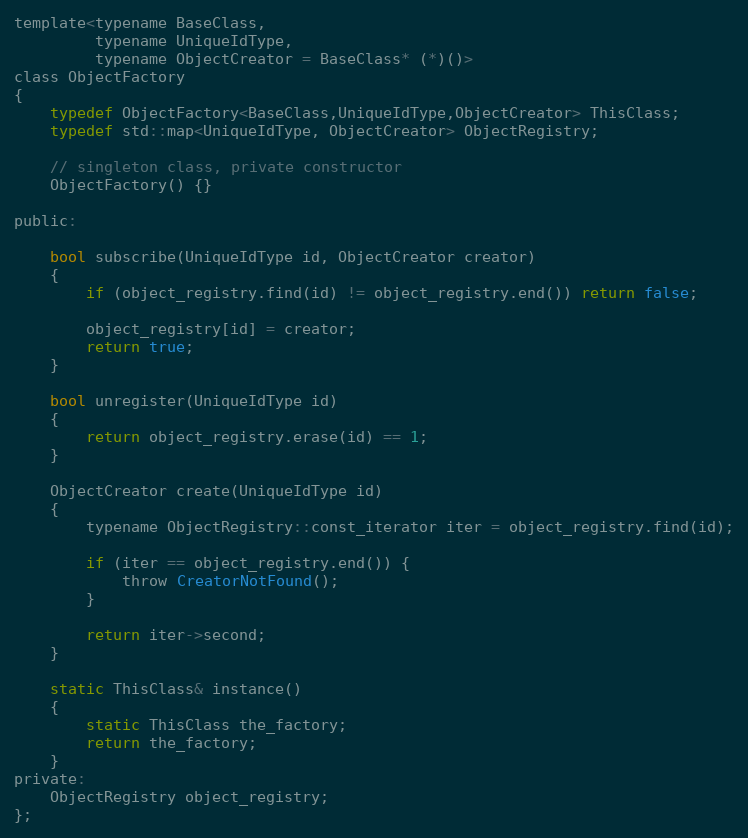
Language: C
template<typename BaseClass,
         typename UniqueIdType,
         typename ObjectCreator = BaseClass* (*)()>
class ObjectFactory
{
    typedef ObjectFactory<BaseClass,UniqueIdType,ObjectCreator> ThisClass;
    typedef std::map<UniqueIdType, ObjectCreator> ObjectRegistry;

    // singleton class, private constructor
    ObjectFactory() {}

public:

    bool subscribe(UniqueIdType id, ObjectCreator creator)
    {
        if (object_registry.find(id) != object_registry.end()) return false;

        object_registry[id] = creator;
        return true;
    }

    bool unregister(UniqueIdType id)
    {
        return object_registry.erase(id) == 1;
    }

    ObjectCreator create(UniqueIdType id)
    {
        typename ObjectRegistry::const_iterator iter = object_registry.find(id);

        if (iter == object_registry.end()) {
            throw CreatorNotFound();
        }

        return iter->second;
    }

    static ThisClass& instance()
    {
        static ThisClass the_factory;
        return the_factory;
    }
private:
    ObjectRegistry object_registry;
};